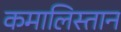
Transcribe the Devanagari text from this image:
कमालिस्तान